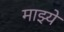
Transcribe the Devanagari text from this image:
माझ्ये